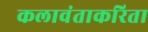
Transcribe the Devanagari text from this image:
कलावंताकरिता